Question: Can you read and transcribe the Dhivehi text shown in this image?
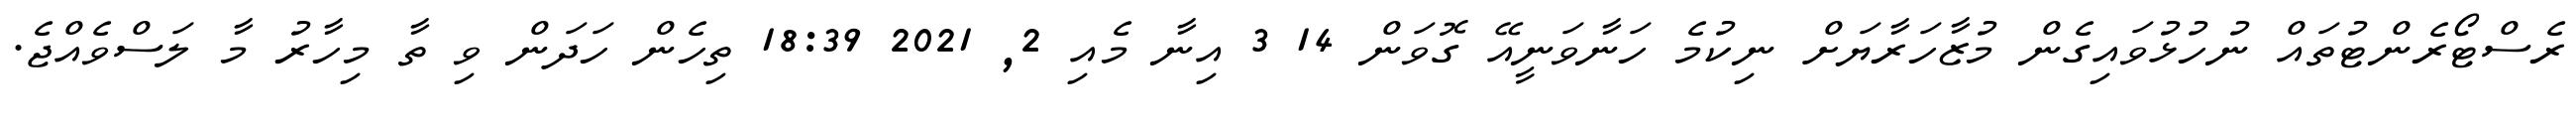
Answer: ރެސްޓޯރެންޓުތައް ނުހުޅުވައިގެން މުޒާހަރާޔަށް ނިކުމެ ހަނާވަނީއޭ ގޮވަން 14 3 އިނާ މެއި 2, 2021 18:39 ތިހެން ހަދަން ވި ތާ މިހާރު މާ ލަސްވެއްޖެ.